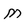
Character: M